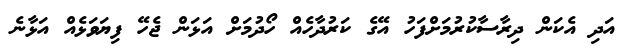
އަދި އެކަން ދިރާސާކުރުމަށްފަހު އޭގެ ކަރުދާހެއް ހޯދުމަށް އަޅަން ޖެހޭ ފިޔަވަޅެއް އަޅާނެ